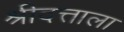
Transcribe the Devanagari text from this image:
श्रीदत्ताला